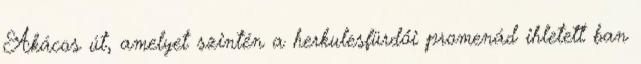
Akácos út, amelyet szintén a herkulesfürdői promenád ihletett ban